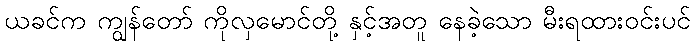
ယခင်က ကျွန်တော် ကိုလှမောင်တို့ နှင့်အတူ နေခဲ့သော မီးရထားဝင်းပင်